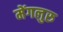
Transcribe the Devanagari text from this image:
मेंगलुरु